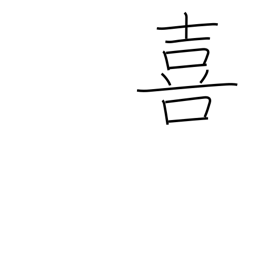
Meaning: rejoice